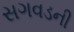
સગવડની